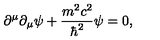
\partial ^ { \mu } \partial _ { \mu } \psi + { \frac { m ^ { 2 } c ^ { 2 } } { \hbar ^ { 2 } } } \psi = 0 ,